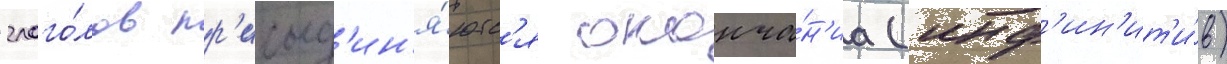
глаго́лов пр'исоед'ин'я́ютс'я оконча́н'иа (инф'ин'ит'и́в)